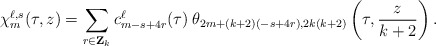
\begin{align*}\chi_{m}^{\ell,s}(\tau,z)=\sum_{r \in {\bf Z}_k} c_{m-s+4r}^{\ell}(\tau)\:\theta_{2m+(k+2)(-s+4r),2k(k+2)}\left(\tau,\frac{z}{k+2}\right) .\end{align*}